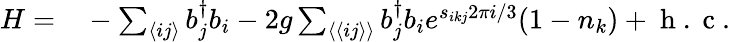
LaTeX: \begin{array}{rl}{H=}&{{}-\sum_{\langle ij\rangle}b_{j}^{\dagger}b_{i}-2g\sum_{\langle\langle ij\rangle\rangle}b_{j}^{\dagger}b_{i}e^{s_{ikj}2\pi i/3}(1-n_{k})+\mathrm{~h~.~c~.~}}\end{array}